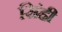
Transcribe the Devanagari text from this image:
सिंही